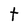
Character: t